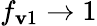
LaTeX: f_{\mathbf{v}1}\rightarrow1